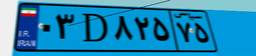
۳۵D۰۲۳۸۲